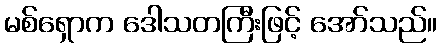
မစ်ရှောက ဒေါသတကြီးဖြင့် အော်သည်။